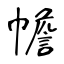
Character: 幨